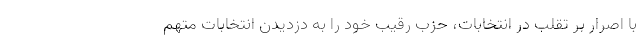
با اصرار بر تقلب در انتخابات، حزب رقیب خود را به دزدیدن انتخابات متهم